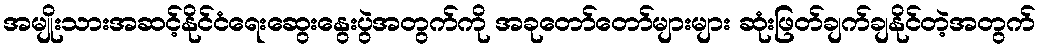
အမျိုးသားအဆင့်နိုင်ငံရေးဆွေးနွေးပွဲအတွက်ကို အခုတော်တော်များများ ဆုံးဖြတ်ချက်ချနိုင်တဲ့အတွက်